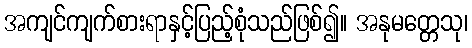
အကျင်ကျက်စားရာနှင့်ပြည့်စုံသည်ဖြစ်၍။ အနုမတ္တေသု၊